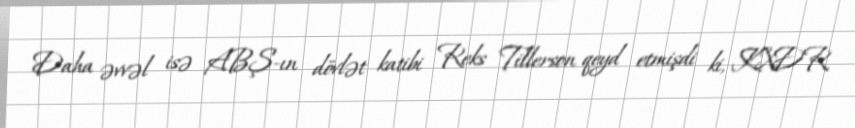
Daha əvvəl isə ABŞ-ın dövlət katibi Reks Tillerson qeyd etmişdi ki, KXDR